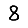
Digit: 8